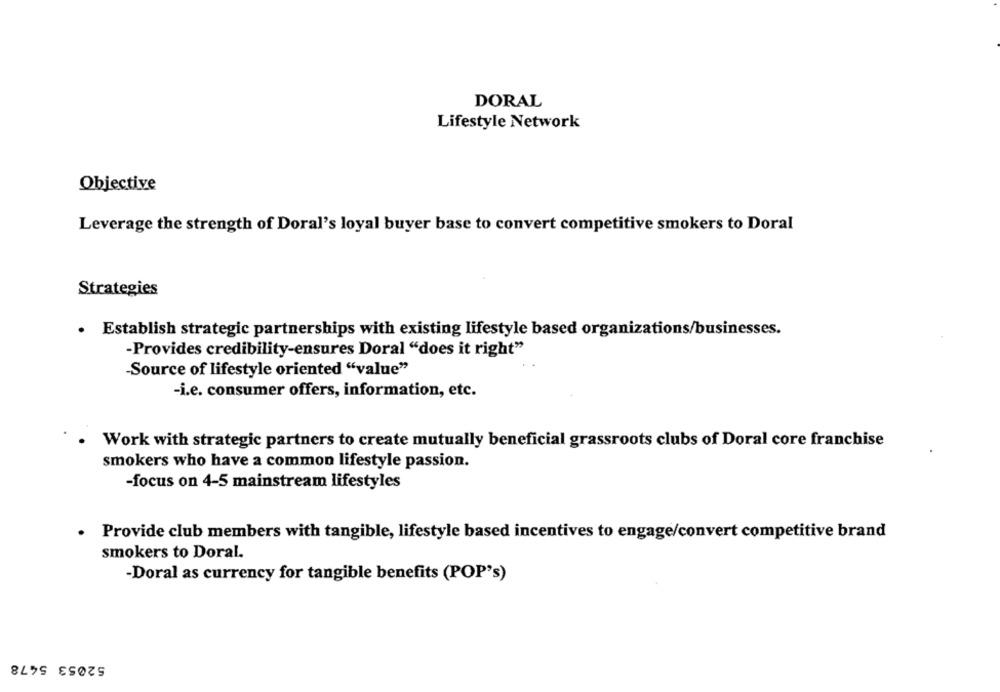
DORAL
Lifestyle Network
Objective
Leverage the strength of Doral's loyal buyer base to convert competitive smokers to Doral
Strategies
· Establish strategic partnerships with existing lifestyle based organizations/businesses.
-Provides credibility-ensures Doral "does it right"
-Source of lifestyle oriented "value"
-i.e. consumer offers, information, etc.
Work with strategic partners to create mutually beneficial grassroots clubs of Doral core franchise
smokers who have a common lifestyle passion.
-focus on 4-5 mainstream lifestyles
Provide club members with tangible, lifestyle based incentives to engage/convert competitive brand
smokers to Doral.
-Doral as currency for tangible benefits (POP's)
52053 5478